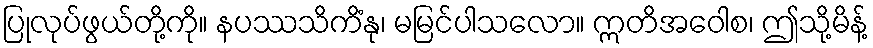
ပြုလုပ်ဖွယ်တို့ကို။ နပဿသိကိံနု၊ မမြင်ပါသလော။ ဣတိအဝေါစ၊ ဤသို့မိန့်